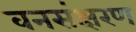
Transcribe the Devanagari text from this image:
वनसंक्षरण